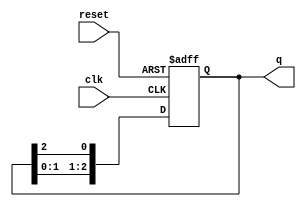
module modified_johnson_counter (
    input wire clk,          // Clock input
    input wire reset,        // Asynchronous reset
    output reg [2:0] q       // 3-bit output
);

    // Sequential logic for Modified Johnson Counter
    always @(posedge clk or posedge reset) begin
        if (reset) begin
            q <= 3'b000;      // Reset state
        end else begin
            // Modified Johnson Counter logic
            q[0] <= q[2];     // Feedback from the last flip-flop
            q[1] <= q[0];     // Shift the state
            q[2] <= q[1];     // Shift the state
        end
    end

endmodule